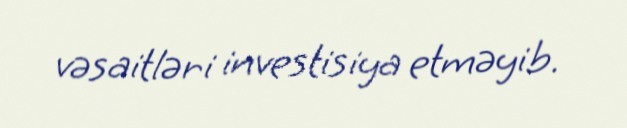
vəsaitləri investisiya etməyib.